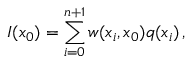
I ( x _ { 0 } ) = \sum _ { i = 0 } ^ { n + 1 } w ( x _ { i } , x _ { 0 } ) q ( x _ { i } ) \, ,